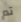
تم